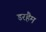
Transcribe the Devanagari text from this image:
डरहैम